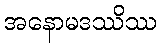
အနောမဒဿိဿ